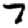
Digit: 7